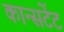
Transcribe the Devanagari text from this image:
कान्सटेंट